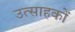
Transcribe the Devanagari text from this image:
उत्साहकों